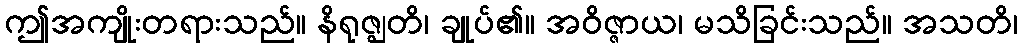
ဤအကျိုးတရားသည်။ နိရုဇ္ဈတိ၊ ချုပ်၏။ အဝိဇ္ဇာယ၊ မသိခြင်းသည်။ အသတိ၊